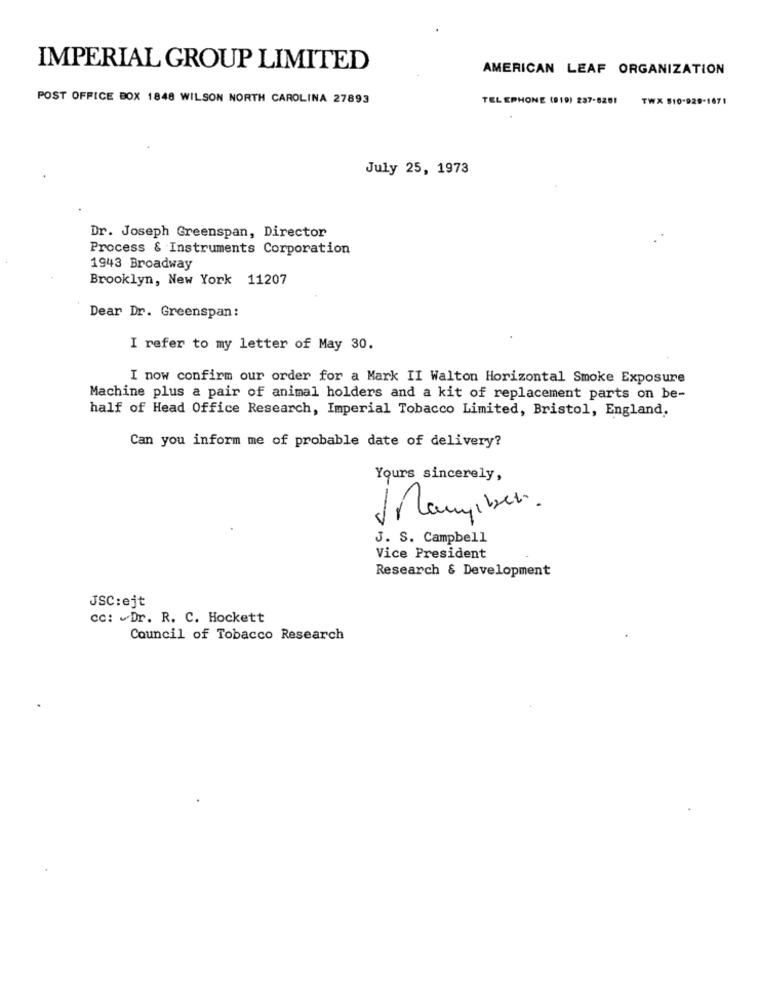
IMPERIAL GROUP LIMITED
AMERICAN LEAF ORGANIZATION
POST OFFICE BOX 1848 WILSON NORTH CAROLINA 27893
TELEPHONE (919) 237-8251
TW
0-929
July 25, 1973
Dr. Joseph Greenspan, Director
Process & Instruments Corporation
1943 Broadway
Brooklyn, New York 11207
Dear Dr. Greenspan:
I refer to my letter of May 30.
I now confirm our order for a Mark II Walton Horizontal Smoke Exposure
Machine plus a pair of animal holders and a kit of replacement parts on be-
half of Head Office Research, Imperial Tobacco Limited, Bristol, England,
Can you inform me of probable date of delivery?
Yours sincerely,
Mamyiber.
-
J. S. Campbell
Vice President
Research & Development
JSC:ejt
cc: Dr. R. C. Hockett
Council of Tobacco Research